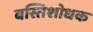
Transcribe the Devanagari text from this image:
बस्तिशोधक